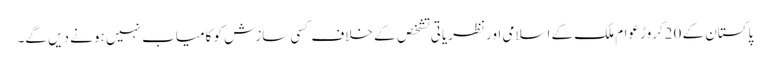
پاکستان کے 20کروڑ عوام ملک کے اسلامی اور نظریاتی تشخص کے خلاف کسی سازش کو کامیاب نہیں ہو نے دیں گے۔